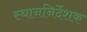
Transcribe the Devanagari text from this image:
स्थाननिर्देशक